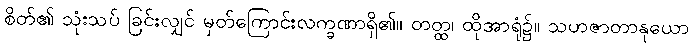
စိတ်၏ သုံးသပ် ခြင်းလျှင် မှတ်ကြောင်းလက္ခဏာရှိ၏။ တတ္ထ၊ ထိုအာရုံ၌။ သဟဇာတာနုယော